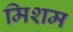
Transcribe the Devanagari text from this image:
मिशम